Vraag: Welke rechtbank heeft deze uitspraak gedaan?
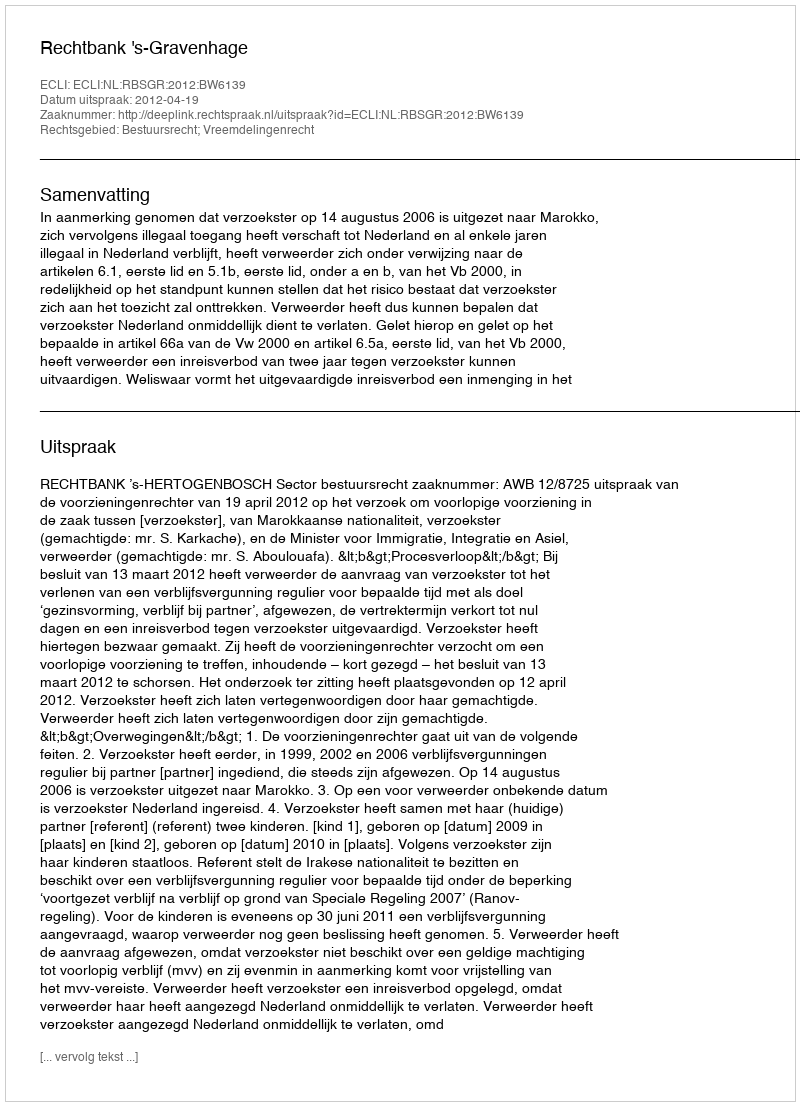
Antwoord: Rechtbank 's-Gravenhage